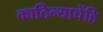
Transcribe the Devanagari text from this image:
काठिन्याचेंहि